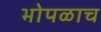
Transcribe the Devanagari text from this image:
भोपळाच